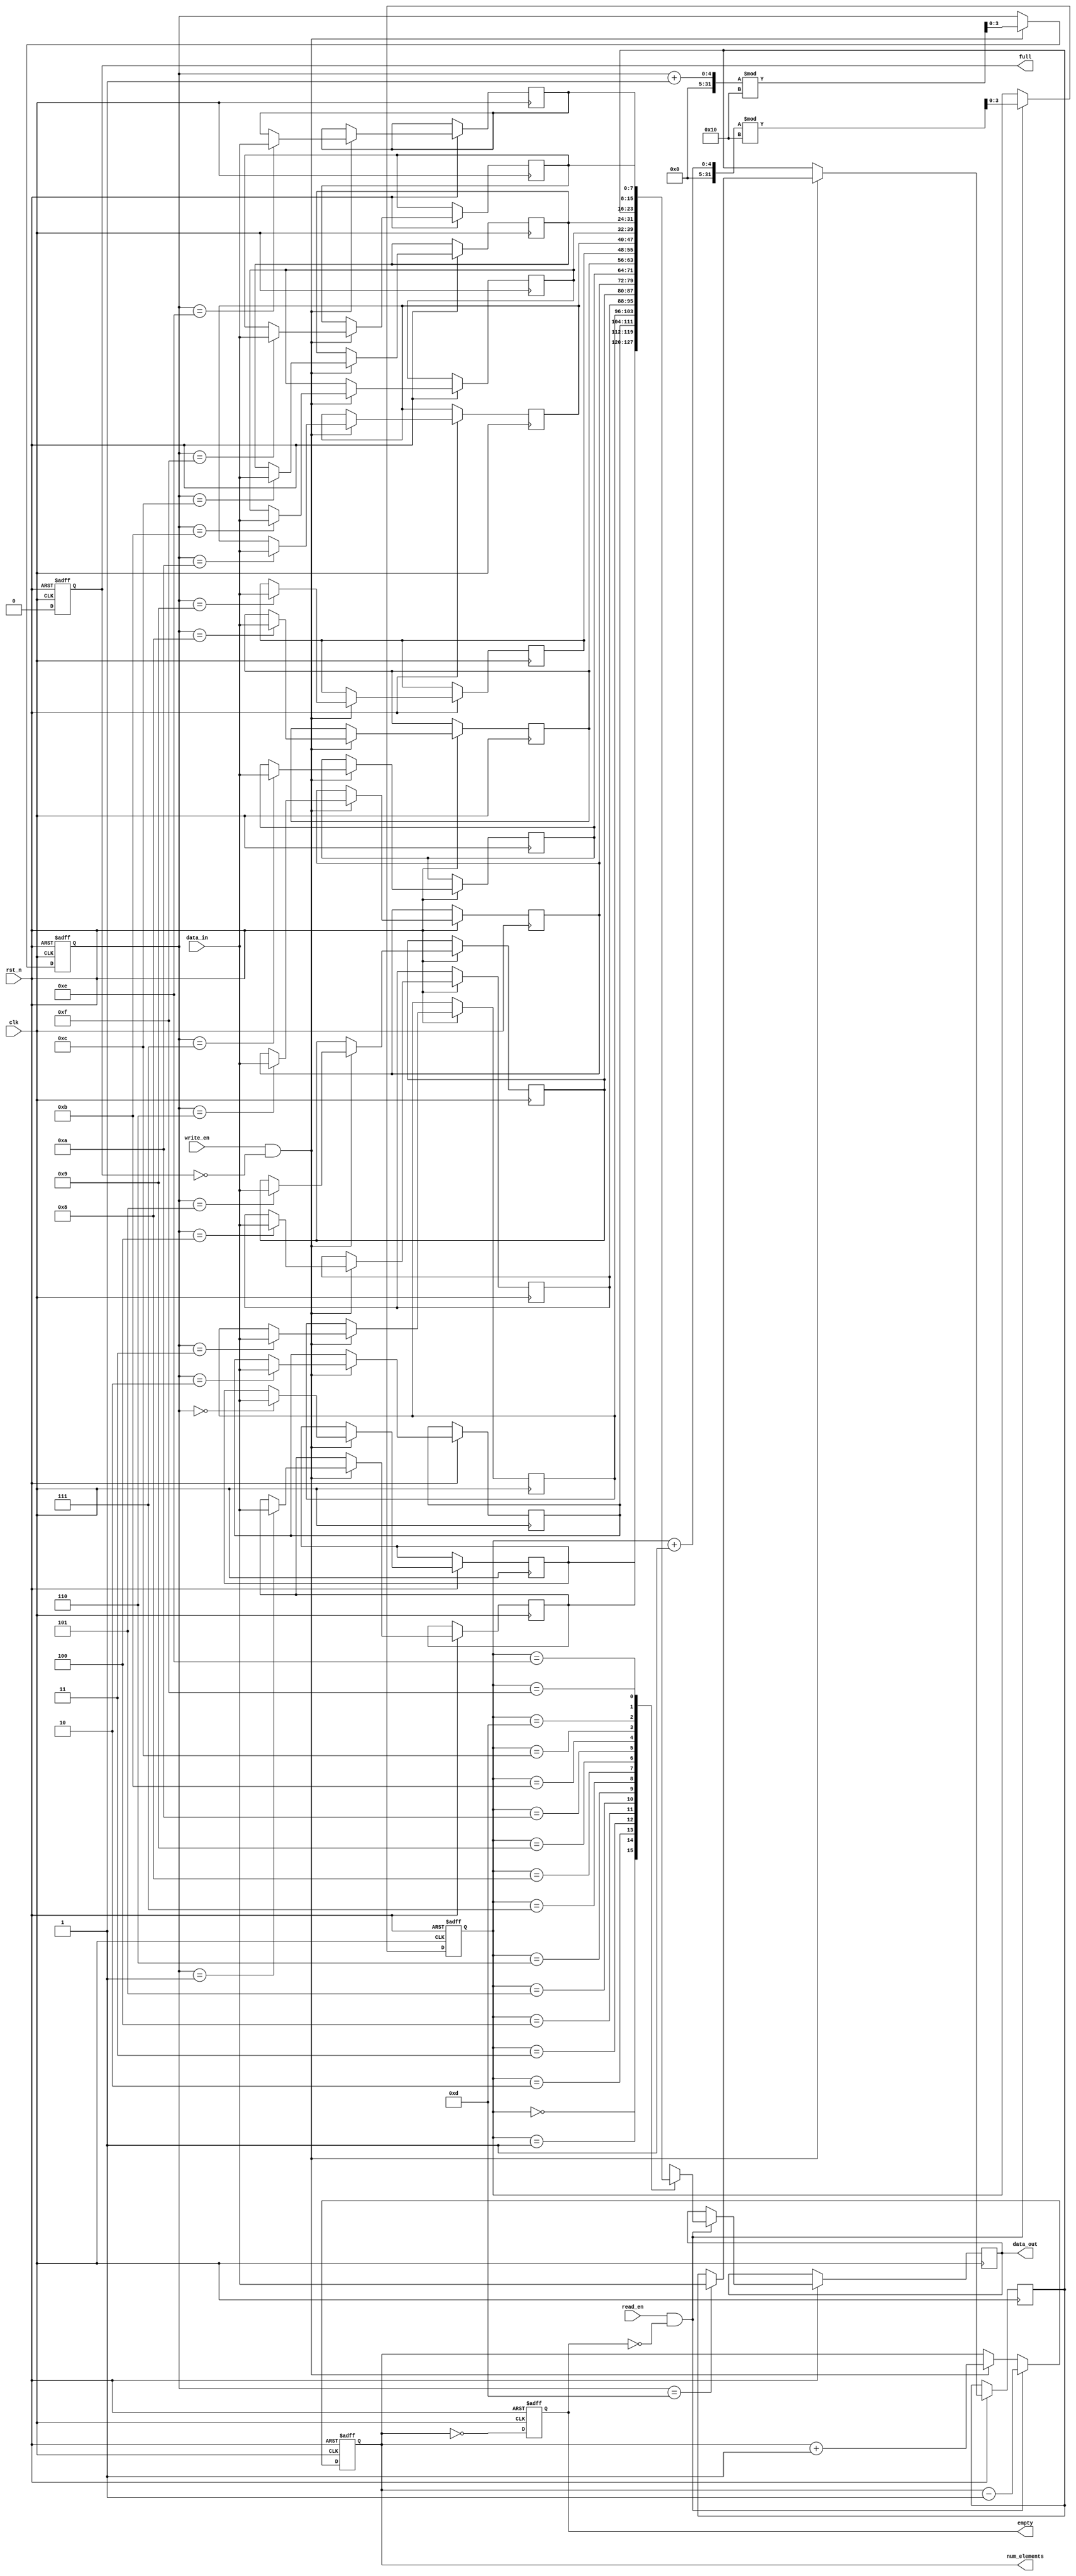
module parameterized_fifo #(
    parameter DATA_WIDTH = 8,       // Width of data elements in bits
    parameter FIFO_DEPTH = 16        // Number of entries in the FIFO (must be a power of 2)
) (
    input wire clk,                  // Clock signal
    input wire rst_n,                // Active low reset signal
    input wire write_en,             // Write enable signal
    input wire read_en,              // Read enable signal
    input wire [DATA_WIDTH-1:0] data_in, // Data input
    output reg [DATA_WIDTH-1:0] data_out, // Data output
    output reg full,                 // FIFO full flag
    output reg empty,                // FIFO empty flag
    output reg [ADDR_WIDTH-1:0] num_elements // Number of elements in FIFO
);

    localparam ADDR_WIDTH = $clog2(FIFO_DEPTH); // Address width derived from FIFO depth
    reg [DATA_WIDTH-1:0] fifo_mem[FIFO_DEPTH-1:0]; // Memory array
    reg [ADDR_WIDTH-1:0] write_ptr;  // Write pointer
    reg [ADDR_WIDTH-1:0] read_ptr;   // Read pointer

    // Internal logic to control the FIFO operations
    always @(posedge clk or negedge rst_n) begin
        if (!rst_n) begin
            // Reset state
            write_ptr <= 0;
            read_ptr <= 0;
            full <= 1'b0;
            empty <= 1'b1;
            num_elements <= 0;
        end else begin
            // Write operation
            if (write_en && !full) begin
                fifo_mem[write_ptr] <= data_in; // Write data
                write_ptr <= (write_ptr + 1) % FIFO_DEPTH; // Increment write pointer circularly
                num_elements <= num_elements + 1; // Increment element count
            end

            // Read operation
            if (read_en && !empty) begin
                data_out <= fifo_mem[read_ptr]; // Read data
                read_ptr <= (read_ptr + 1) % FIFO_DEPTH; // Increment read pointer circularly
                num_elements <= num_elements - 1; // Decrement element count
            end

            // Update full and empty flags
            full <= (num_elements == FIFO_DEPTH);
            empty <= (num_elements == 0);
        end
    end

endmodule